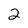
Character: 2